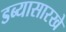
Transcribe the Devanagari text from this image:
डब्यासारखे